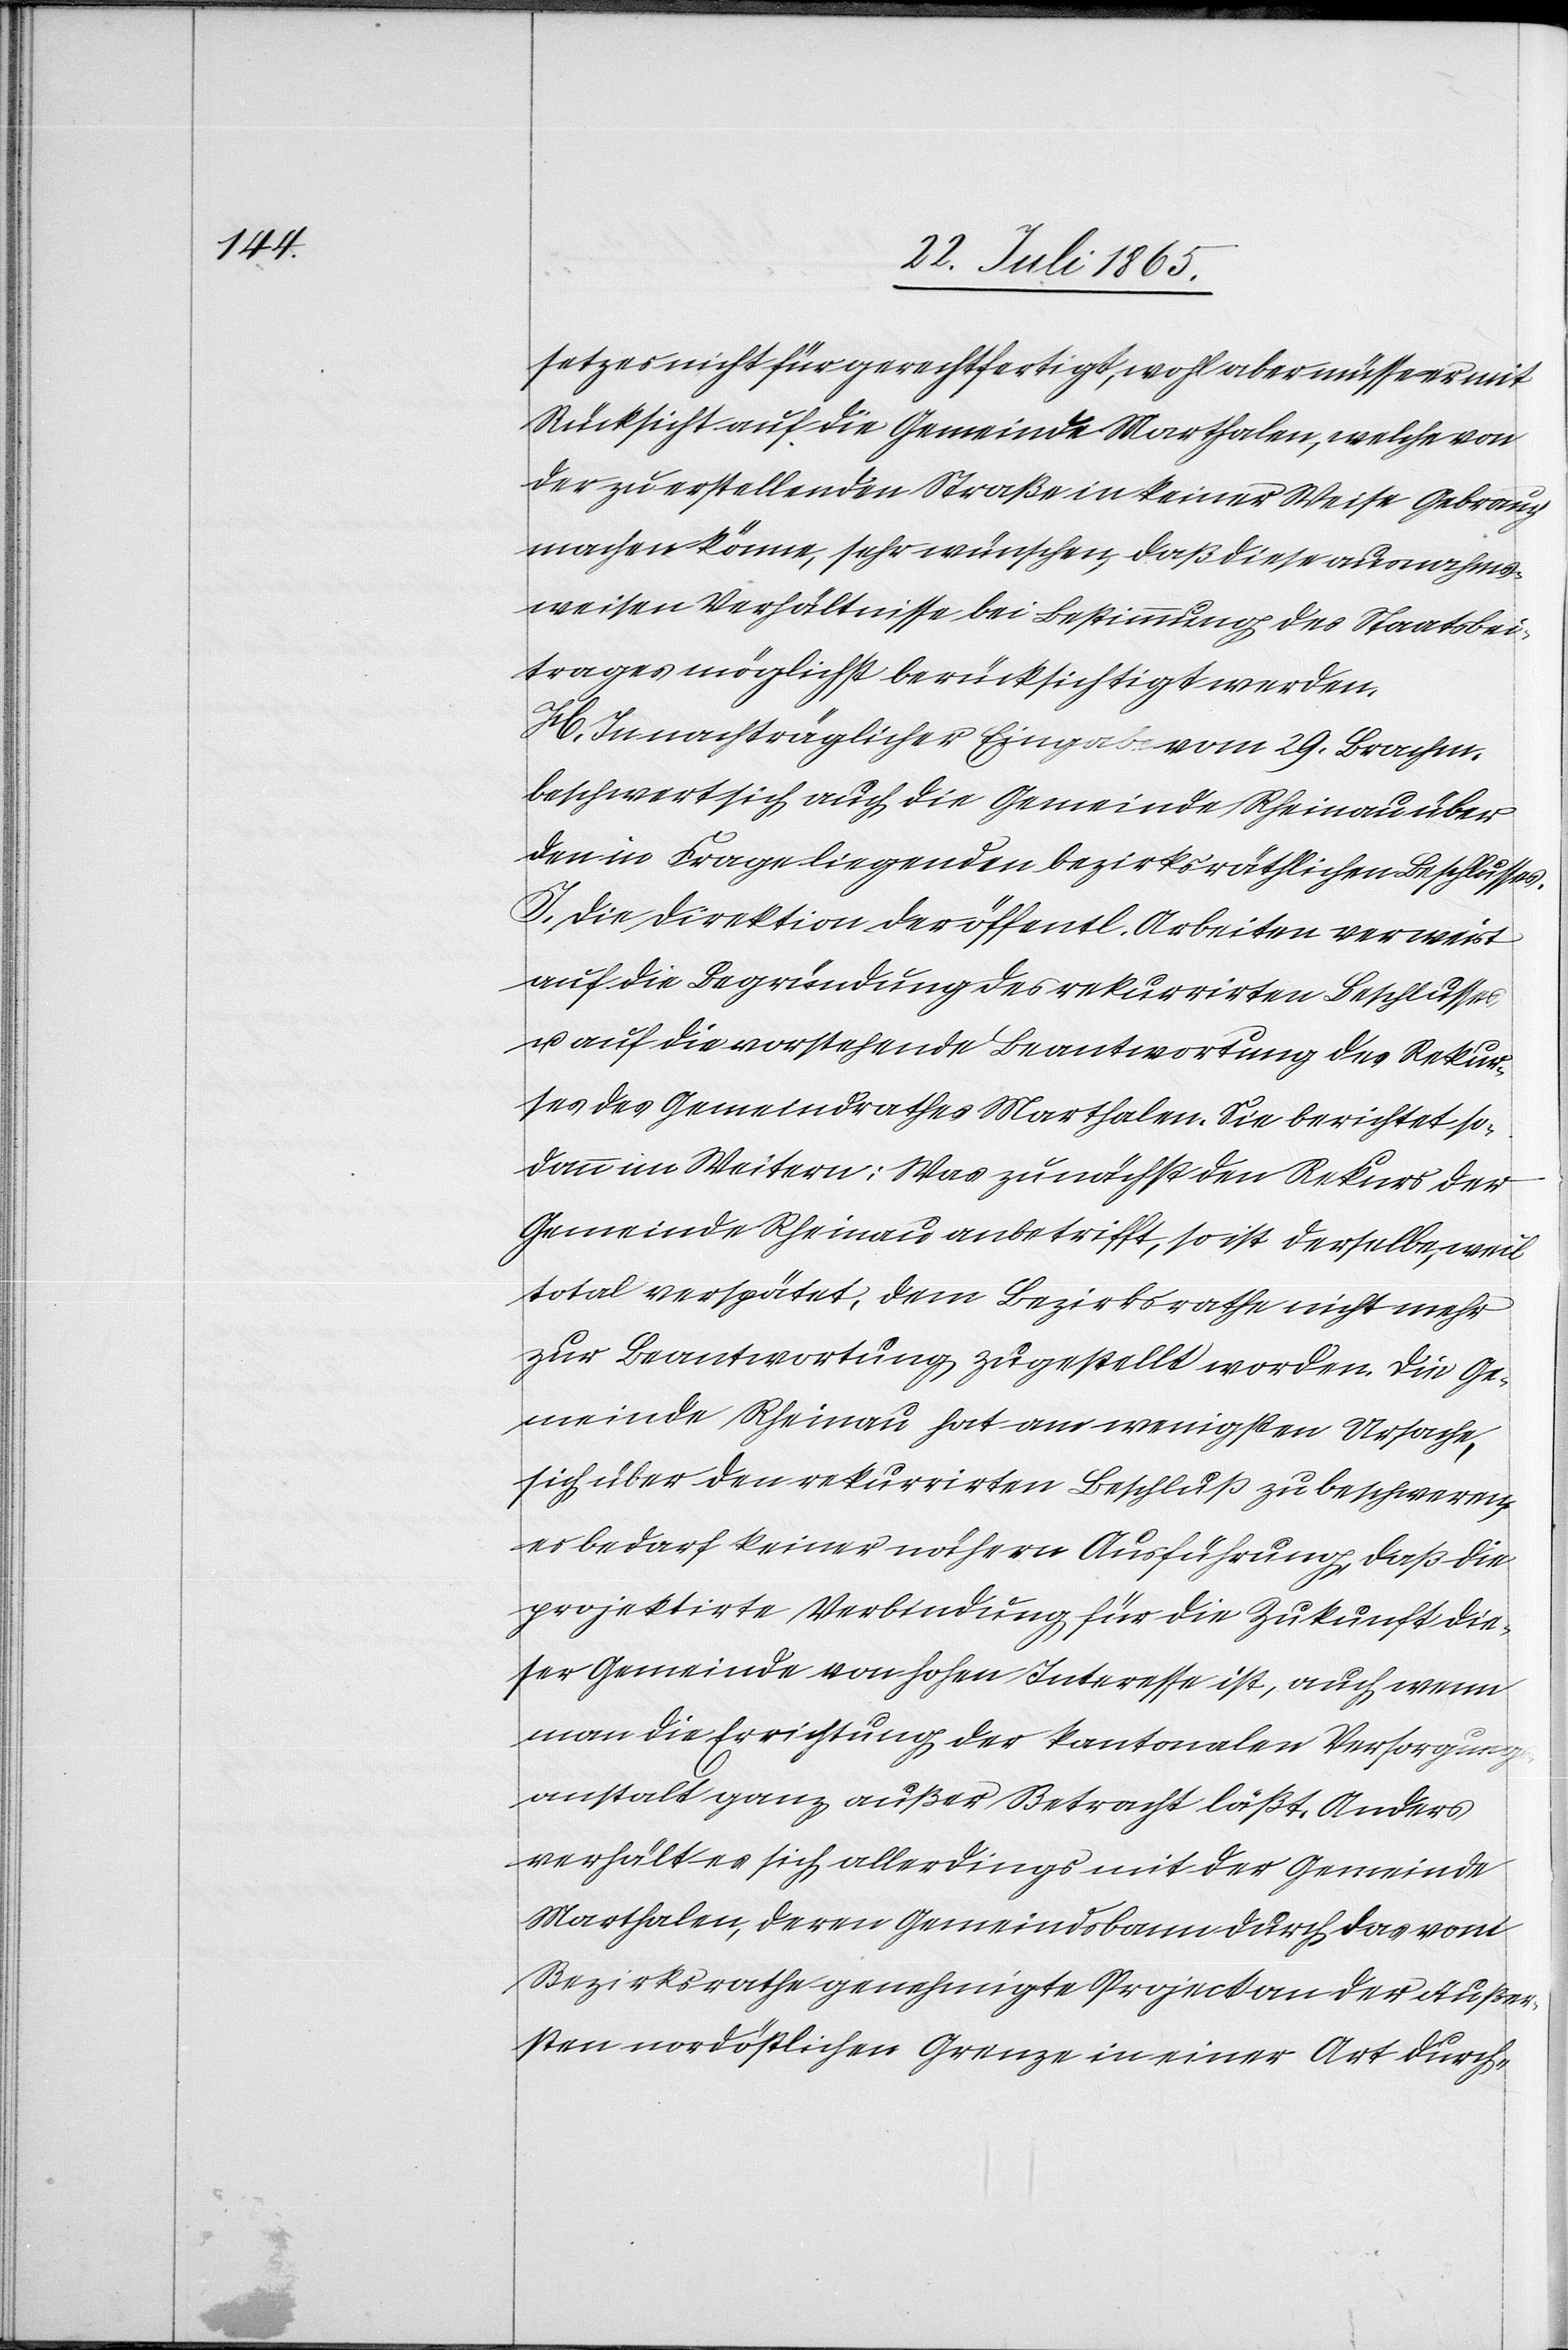
setzes nicht für gerechtfertigt, wohl aber müsse er mit
Rücksicht auf die Gemeinde Marthalen, welche von
der zu erstellenden Straße in keiner Weise Gebrauch
machen könne, sehr wünschen, daß diese ausnahms¬
weisen Verhältnisse bei Bestimmung des Staatsbei¬
trages möglichst berücksichtigt werden.
H. In nachträglicher Eingabe vom 29. Brachm.
beschwert sich auch die Gemeinde Rheinau über
den in Frage liegenden bezirksräthlichen Beschlusses.
J. Die Direktion der öffentl. Arbeiten verweist
auf die Begründung des rekurrirten Beschlusses
u. auf die vorstehende Beantwortung des Rekur¬
ses des Gemeindrathes Marthalen. Sie berichtet so¬
dann im Weitern: Was zunächst den Rekurs der
Gemeinde Rheinau anbetrifft, so ist derselbe, weil
total verspätet, dem Bezirksrathe nicht mehr
zur Beantwortung zugestellt worden. Die Ge¬
meinde Rheinau hat am wenigsten Ursache,
sich über den rekurrirten Beschluß zu beschweren;
es bedarf keiner nähern Ausführung, daß die
projektirte Verbindung für die Zukunft die¬
ser Gemeinde von hohen Interesse ist, auch wenn
man die Errichtung der kantonalen Versorgungs¬
anstalt ganz außer Betracht läßt. Anders
verhält es sich allerdings mit der Gemeinde
Marthalen, deren Gemeindsbann durch das vom
Bezirksrathe genehmigte Project an der äußer¬
sten nordöstlichen Grenze in einer Art durch-